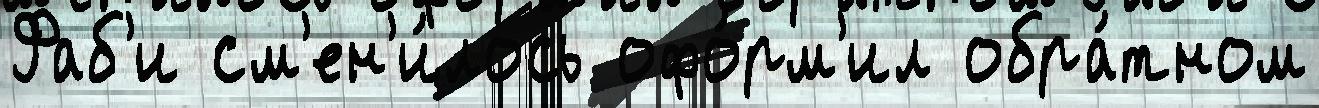
Фаб'и см'ен'и́лось офо́рм'ил обра́тном